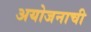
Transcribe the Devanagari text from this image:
अयोजनाची